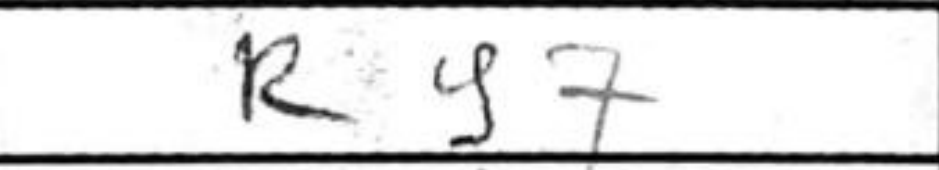
Transcription: Rg7